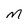
Character: M